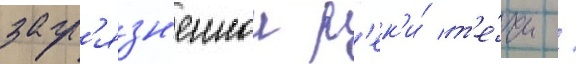
загр'язн'еннои р'ек'и́ т'е́чи /